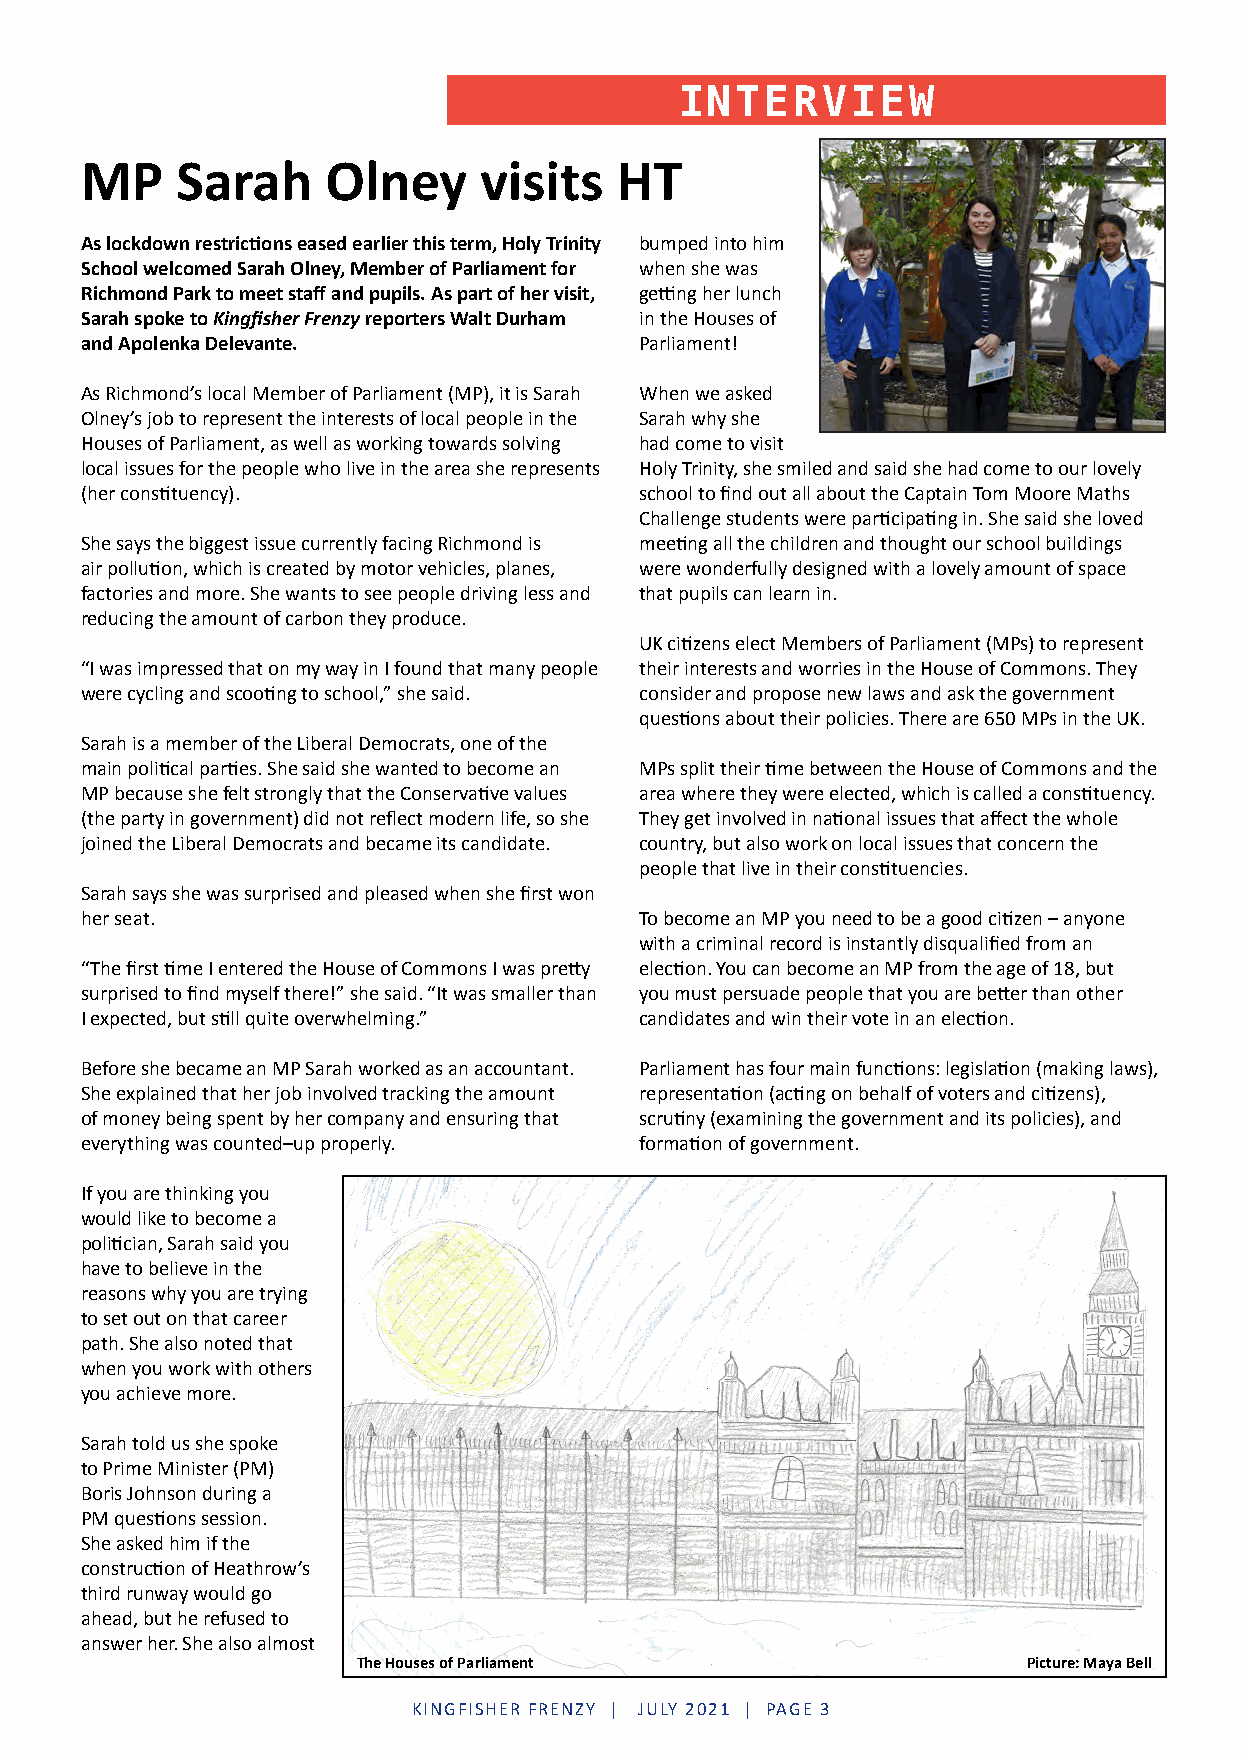
INTERVIEW
 MP     Sarah     Olney     visits   HT
 As lockdown restrictions eased earlier this term, Holy Trinity bumped into him
 School welcomed Sarah Olney, Member of Parliament for when she was
 Richmond Park to meet staff and pupils. As part of her visit, getting her lunch
 Sarah spoke to Kingfisher Frenzy reporters Walt Durham in the Houses of
 and Apolenka Delevante.              Parliament!
 As Richmond’s local Member of Parliament (MP), it is Sarah When we asked
 Olney’s job to represent the interests of local people in the Sarah why she
 Houses of Parliament, as well as working towards solving had come to visit
 local issues for the people who live in the area she represents Holy Trinity, she smiled and said she had come to our lovely
 (her constituency).                  school to find out all about the Captain Tom Moore Maths
 Challenge students were participating in. She said she loved
 She says the biggest issue currently facing Richmond is meeting all the children and thought our school buildings
 air pollution, which is created by motor vehicles, planes, were wonderfully designed with a lovely amount of space
 factories and more. She wants to see people driving less and that pupils can learn in.
 reducing the amount of carbon they produce.
 UK citizens elect Members of Parliament (MPs) to represent
 “I was impressed that on my way in I found that many people their interests and worries in the House of Commons. They
 were cycling and scooting to school,” she said. consider and propose new laws and ask the government
 questions about their policies. There are 650 MPs in the UK.
 Sarah is a member of the Liberal Democrats, one of the
 main political parties. She said she wanted to become an MPs split their time between the House of Commons and the
 MP because she felt strongly that the Conservative values area where they were elected, which is called a constituency.
 (the party in government) did not reflect modern life, so she They get involved in national issues that affect the whole
 joined the Liberal Democrats and became its candidate. country, but also work on local issues that concern the
 people that live in their constituencies.
 Sarah says she was surprised and pleased when she first won
 her seat.                            To become an MP you need to be a good citizen – anyone
 with a criminal record is instantly disqualified from an
 “The first time I entered the House of Commons I was pretty election. You can become an MP from the age of 18, but
 surprised to find myself there!” she said. “It was smaller than you must persuade people that you are better than other
 I expected, but still quite overwhelming.” candidates and win their vote in an election.
 Before she became an MP Sarah worked as an accountant. Parliament has four main functions: legislation (making laws),
 She explained that her job involved tracking the amount representation (acting on behalf of voters and citizens),
 of money being spent by her company and ensuring that scrutiny (examining the government and its policies), and
 everything was counted–up properly.  formation of government.
 If you are thinking you
 would like to become a
 politician, Sarah said you
 have to believe in the
 reasons why you are trying
 to set out on that career
 path. She also noted that
 when you work with others
 you achieve more.
 Sarah told us she spoke
 to Prime Minister (PM)
 Boris Johnson during a
 PM questions session.
 She asked him if the
 construction of Heathrow’s
 third runway would go
 ahead, but he refused to
 answer her. She also almost
 The Houses of Parliament                    Picture: Maya Bell
 KINGFISHER FRENZY | JULY 2021 | PAGE 2 KINGFISHER FRENZY | JULY 2021 | PAGE 3